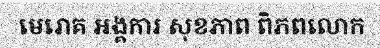
មេរោគ អង្គការ សុខភាព ពិភពលោក